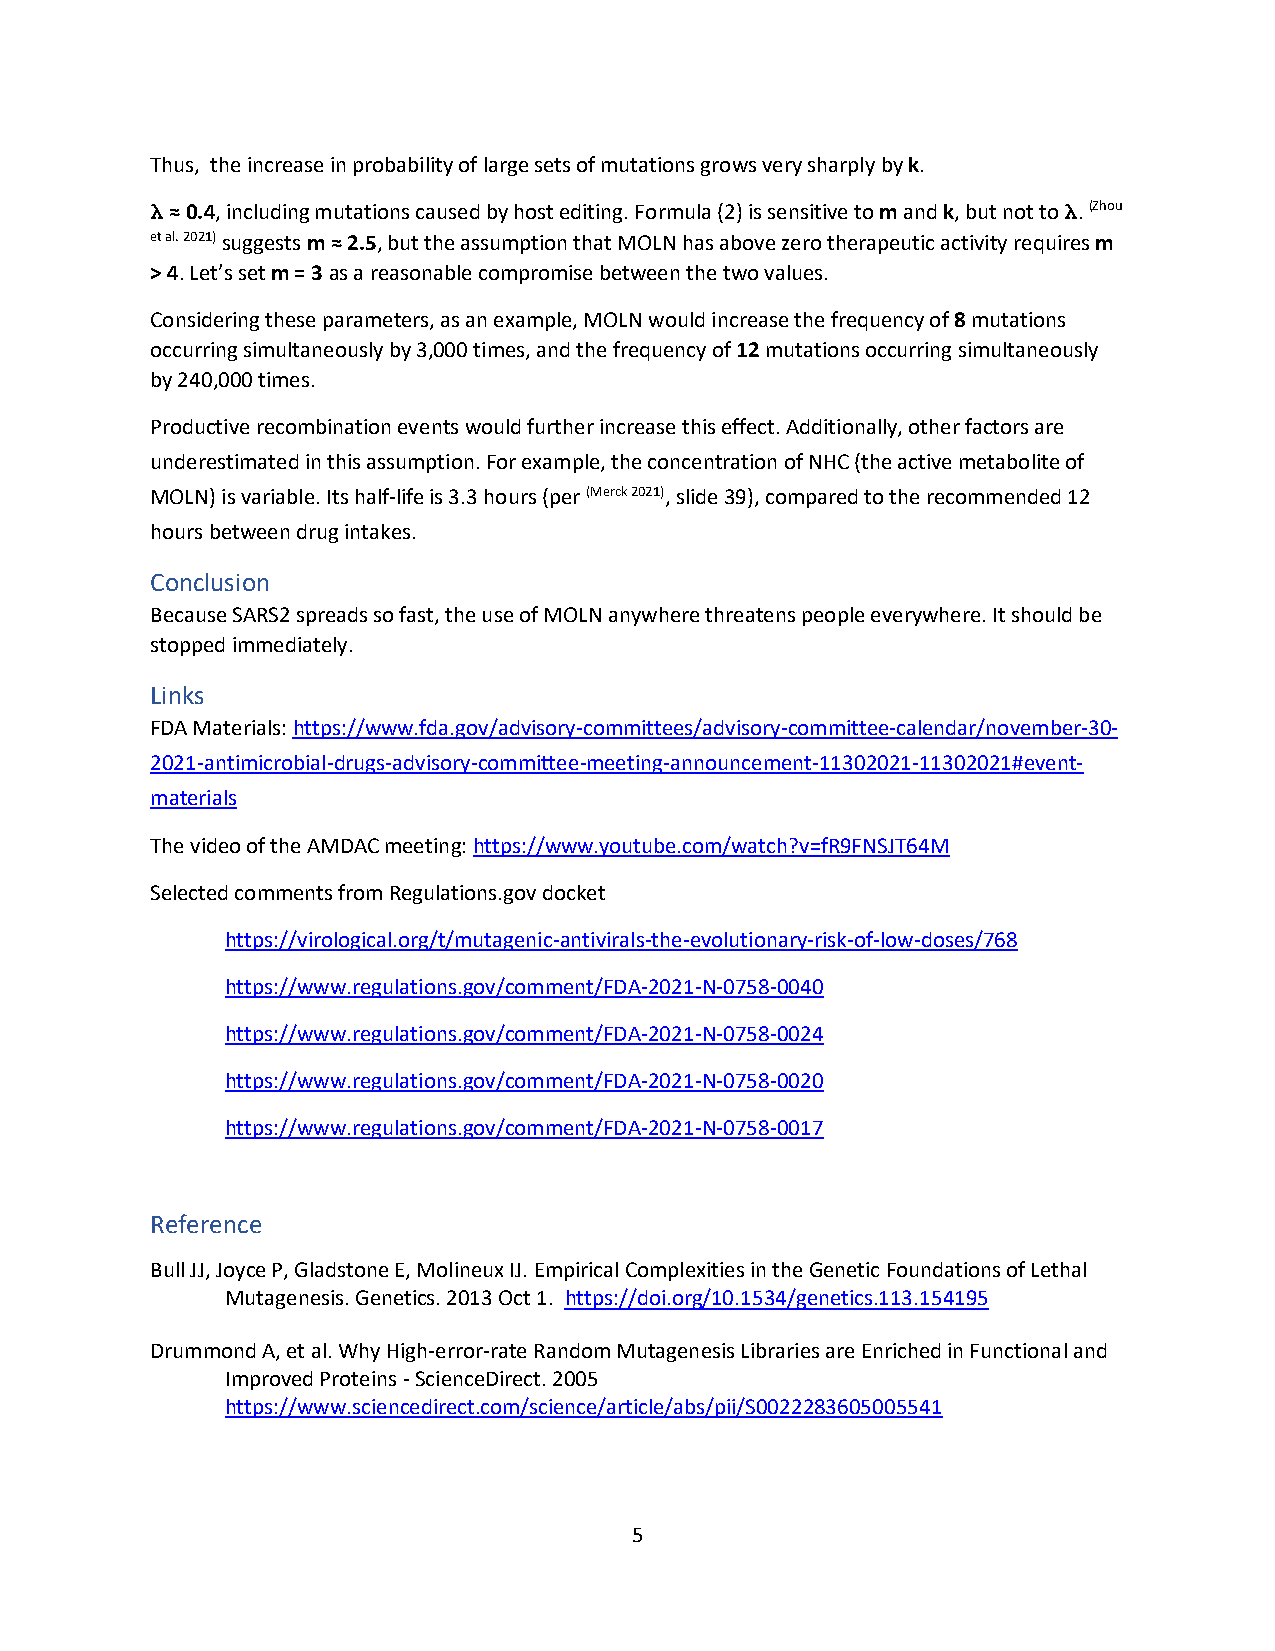
Thus, the increase in probability of large sets of mutations grows very sharply by k.
 λ ≈ 0.4, including mutations caused by host editing. Formula (2) is sensitive to m and k, but not to λ. (Zhou
 et al. 2021) suggests m ≈ 2.5, but the assumption that MOLN has above zero therapeutic activity requires m
 > 4. Let’s set m = 3 as a reasonable compromise between the two values.
 Considering these parameters, as an example, MOLN would increase the frequency of 8 mutations
 occurring simultaneously by 3,000 times, and the frequency of 12 mutations occurring simultaneously
 by 240,000 times.
 Productive recombination events would further increase this effect. Additionally, other factors are
 underestimated in this assumption. For example, the concentration of NHC (the active metabolite of
 MOLN) is variable. Its half-life is 3.3 hours (per (Merck 2021), slide 39), compared to the recommended 12
 hours between drug intakes.
 Conclusion
 Because SARS2 spreads so fast, the use of MOLN anywhere threatens people everywhere. It should be
 stopped immediately.
 Links
 FDA Materials: https://www.fda.gov/advisory-committees/advisory-committee-calendar/november-30-
 2021-antimicrobial-drugs-advisory-committee-meeting-announcement-11302021-11302021#event-
 materials
 The video of the AMDAC meeting: https://www.youtube.com/watch?v=fR9FNSJT64M
 Selected comments from Regulations.gov docket
 https://virological.org/t/mutagenic-antivirals-the-evolutionary-risk-of-low-doses/768
 https://www.regulations.gov/comment/FDA-2021-N-0758-0040
 https://www.regulations.gov/comment/FDA-2021-N-0758-0024
 https://www.regulations.gov/comment/FDA-2021-N-0758-0020
 https://www.regulations.gov/comment/FDA-2021-N-0758-0017
 Reference
 Bull JJ, Joyce P, Gladstone E, Molineux IJ. Empirical Complexities in the Genetic Foundations of Lethal
 Mutagenesis. Genetics. 2013 Oct 1. https://doi.org/10.1534/genetics.113.154195
 Drummond A, et al. Why High-error-rate Random Mutagenesis Libraries are Enriched in Functional and
 Improved Proteins - ScienceDirect. 2005
 https://www.sciencedirect.com/science/article/abs/pii/S0022283605005541
 5